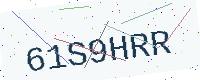
Text: 61S9HRR